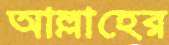
আল্লাহের